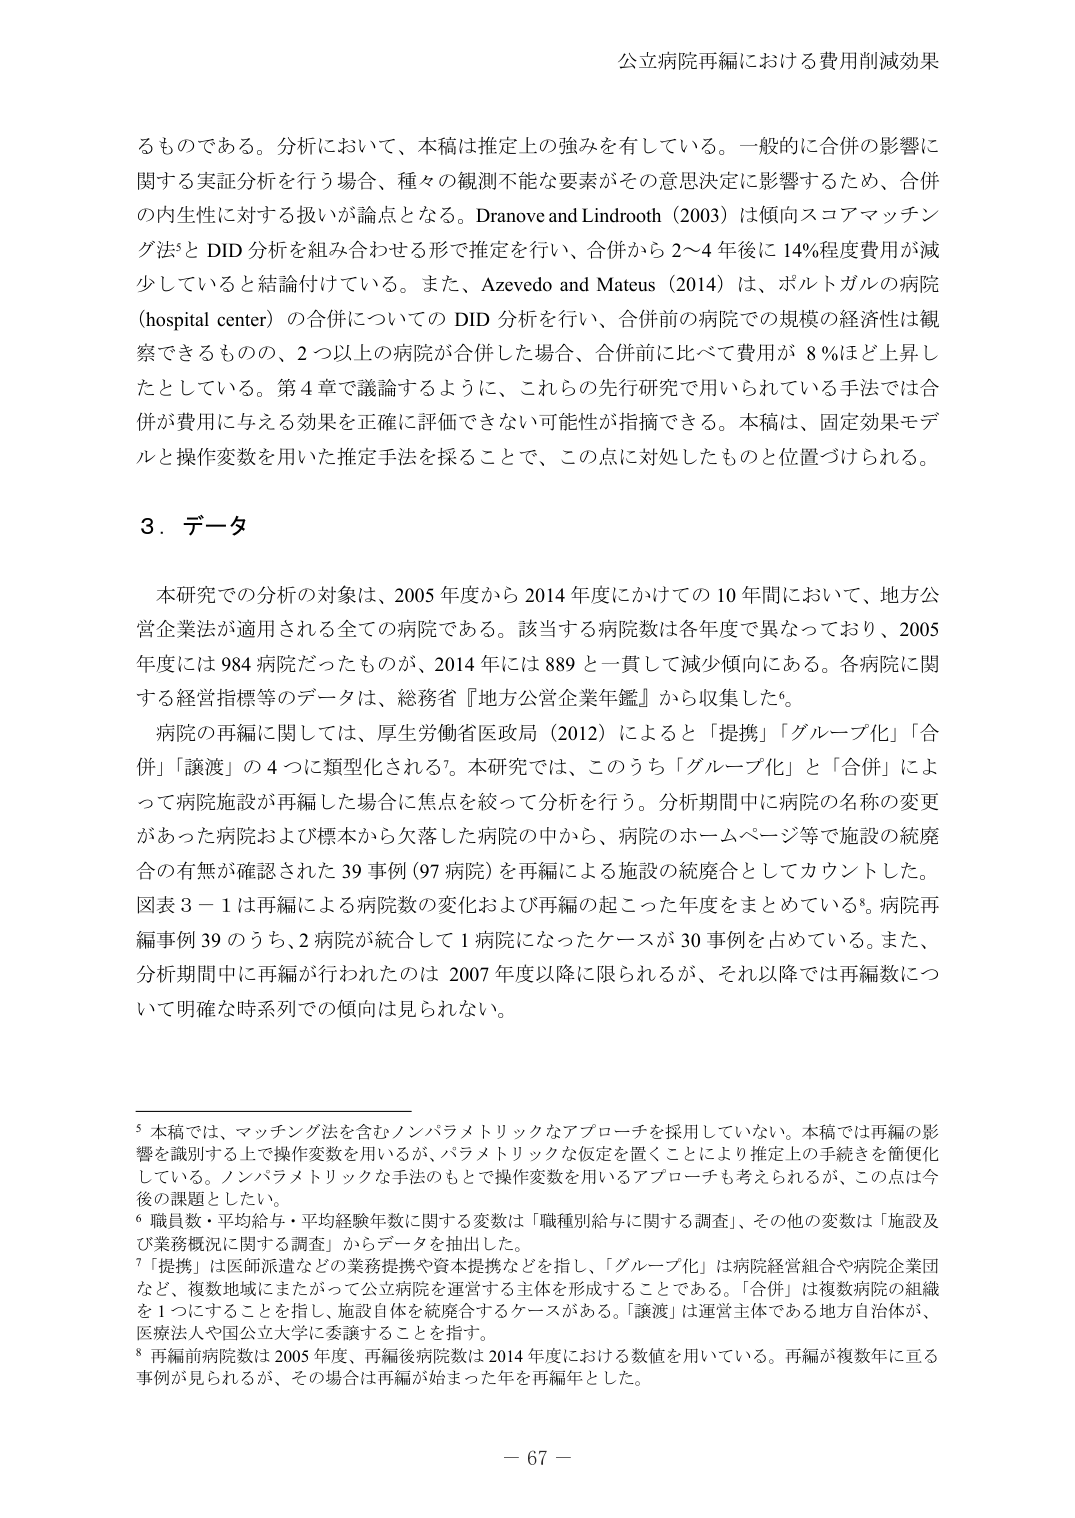
公立病院再編における費用削減効果

るものである。分析において、本稿は推定上の強みを有している。一般的に合併の影響に関する実証分析を行う場合、種々の観測不能な要素がその意思決定に影響するため、合併の内生性に対する扱いが論点となる。Dranove and Lindrooth (2003) は傾向スコアマッチング法5と DID 分析を組み合わせる形で推定を行い、合併から 2～4 年後に 14％程度費用が減少していると結論付けている。また、Azevedo and Mateus (2014) は、ポルトガルの病院 (hospital center) の合併についての DID 分析を行い、合併前の病院での規模の経済性は観察できるものの、2 つ以上の病院が合併した場合、合併前と比べて費用が 8 ％ほど上昇したとしている。第 4 章で議論するように、これらの先行研究で用いられている手法では合併が費用に与える効果を正確に評価できない可能性が指摘できる。本稿は、固定効果モデルと操作変数を用いた推定手法を採ることで、この点に対処したものと位置づけられる。

3．データ

本研究での分析の対象は、2005 年度から 2014 年度にかけての 10 年間において、地方公営企業法が適用される全ての病院である。該当する病院数は各年度で異なっており、2005 年度には 984 病院だったものが、2014 年には 889 と一貫して減少傾向にある。各病院に関する経営指標等のデータは、総務省『地方公営企業年鑑』から収集した6。

病院の再編に関しては、厚生労働省医政局 (2012) によると「提携」「グループ化」「合併」「譲渡」の 4 つに類型化される7。本研究では、このうち「グループ化」と「合併」によって病院施設が再編した場合に焦点を絞って分析を行う。分析期間中に病院の名称の変更があった病院および標本から欠落した病院の中から、病院のホームページ等で施設の統廃合の有無が確認された 39 事例 (97 病院) を再編による施設の統廃合としてカウントした。図表 3－1 は再編による病院数の変化および再編の起こった年度をまとめている8。病院再編事例 39 のうち、2 病院が統合して 1 病院になったケースが 30 事例を占めている。また、分析期間中に再編が行われたのは 2007 年度以降に限られるが、それ以降では再編数について明確な時系列での傾向は見られない。

5 本稿では、マッチング法を含むノンパラメトリックなアプローチを採用していない。本稿では再編の影響を識別する上で操作変数を用いるが、パラメトリックな仮定を置くことにより推定上の手続きを簡便化している。ノンパラメトリックな手法のもとで操作変数を用いるアプローチも考えられるが、この点は今後の課題としたい。

6 職員数・平均給与・平均経験年数に関する変数は「職種別給与に関する調査」、その他の変数は「施設及び業務概況に関する調査」からデータを抽出した。

7 「提携」は医師派遣などの業務提携や資本提携などを指し、「グループ化」は病院経営組合や病院企業団など、複数地域にまたがって公立病院を運営する主体を形成することである。「合併」は複数病院の組織を 1 つにすることを指し、施設自体を統廃合するケースがある。「譲渡」は運営主体である地方自治体が、医療法人や国立大学に委譲することを指す。

8 再編前病院数は 2005 年度、再編後病院数は 2014 年度における数値を用いている。再編が複数年に亘る事例が見られるが、その場合は再編が始まった年を再編年とした。

－ 67 －